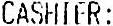
CASHIER: